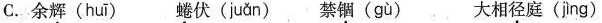
C.余辉( huī ) 蜷伏( juǎn ) 禁锢( gù ) 大相径庭(jìng)